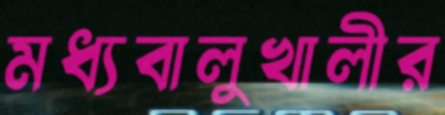
মধ্যবালুখালীর